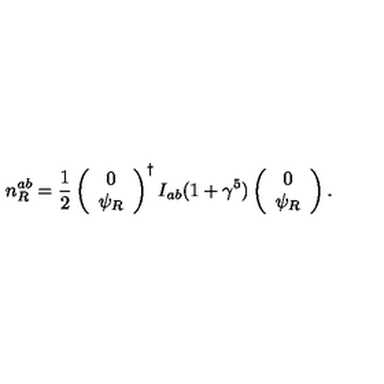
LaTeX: n _ { R } ^ { a b } = \frac 1 2 \left( \begin{array} { c } { 0 } \\ { \psi _ { R } } \\ \end{array} \right) ^ { \dagger } I _ { a b } ( 1 + \gamma ^ { 5 } ) \left( \begin{array} { c } { 0 } \\ { \psi _ { R } } \\ \end{array} \right) .